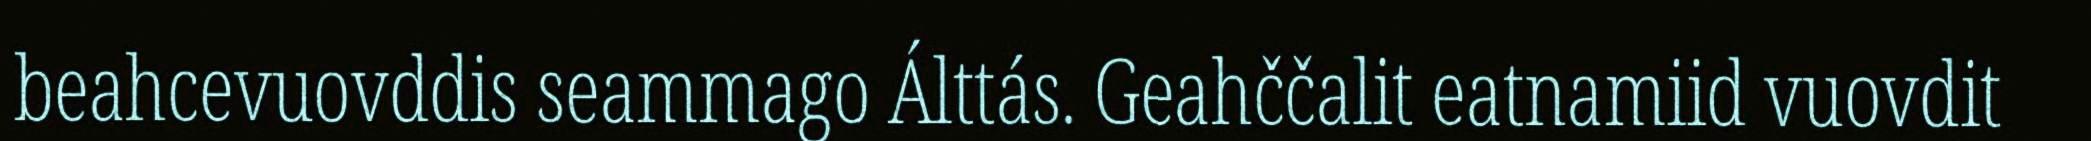
beahcevuovddis seammago Álttás. Geahččalit eatnamiid vuovdit